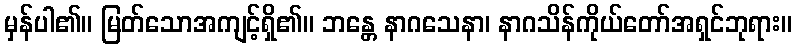
မှန်ပါ၏။ မြတ်သောအကျင့်ရှိ၏။ ဘန္တေ နာဂသေနာ၊ နာဂသိန်ကိုယ်တော်အရှင်ဘုရား။